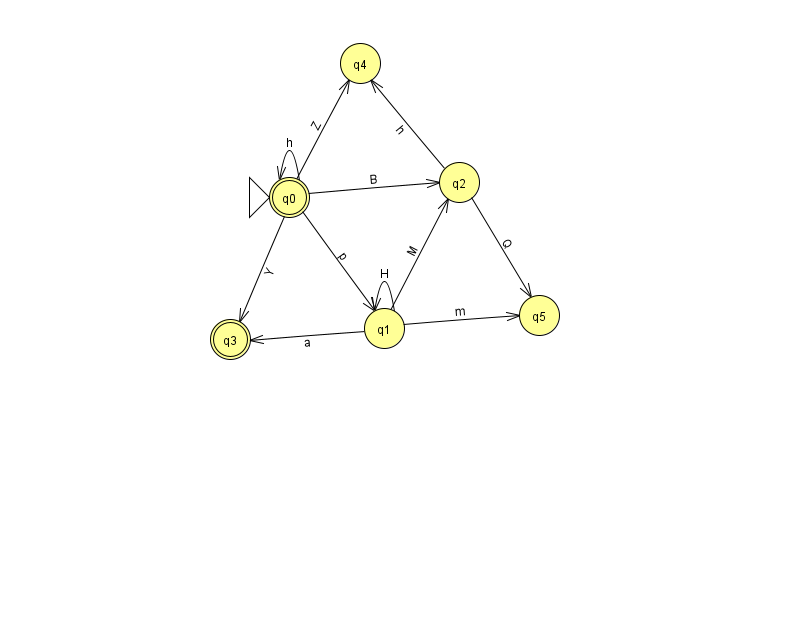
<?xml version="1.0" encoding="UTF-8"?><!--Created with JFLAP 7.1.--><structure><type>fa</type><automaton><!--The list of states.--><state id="0" name="q0"><x>289.0</x><y>184.0</y><initial/><final/></state><state id="1" name="q1"><x>384.0</x><y>315.0</y></state><state id="2" name="q2"><x>459.0</x><y>169.0</y></state><state id="3" name="q3"><x>230.0</x><y>326.0</y><final/></state><state id="4" name="q4"><x>360.0</x><y>50.0</y></state><state id="5" name="q5"><x>539.0</x><y>302.0</y></state><!--The list of transitions.--><transition><from>2</from><to>5</to><read>Q</read></transition><transition><from>2</from><to>4</to><read>h</read></transition><transition><from>0</from><to>0</to><read>h</read></transition><transition><from>1</from><to>1</to><read>H</read></transition><transition><from>0</from><to>2</to><read>B</read></transition><transition><from>1</from><to>3</to><read>a</read></transition><transition><from>0</from><to>1</to><read>p</read></transition><transition><from>0</from><to>4</to><read>Z</read></transition><transition><from>0</from><to>3</to><read>Y</read></transition><transition><from>1</from><to>2</to><read>M</read></transition><transition><from>1</from><to>5</to><read>m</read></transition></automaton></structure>